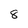
Character: 8